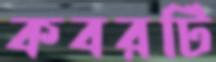
কবরটি